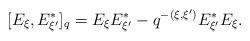
LaTeX: \begin{align*}[E_\xi, E_{\xi^\prime}^*]_q = E_\xi E_{\xi^\prime}^* - q^{-(\xi, \xi^\prime)} E_{\xi^\prime}^* E_\xi.\end{align*}